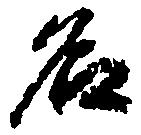
名